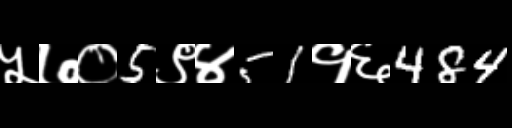
Text: ५७०5९४51१६484